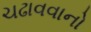
ચઢાવવાનો